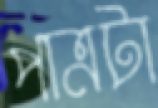
পাত্রটা